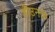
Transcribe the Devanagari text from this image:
हीउनके